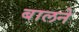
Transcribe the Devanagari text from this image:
बालने